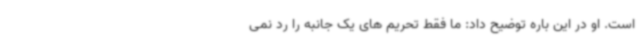
است. او در این باره توضیح داد: ما فقط تحریم های یک جانبه را رد نمی